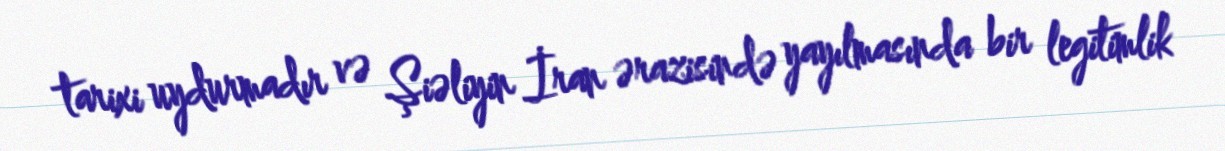
tarixi uydurmadır və Şiəliyin İran ərazisində yayılmasında bir legitimlik